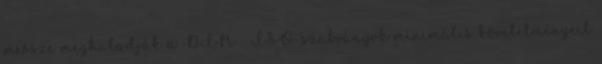
messze meghaladják a DIN ISO szabványok minimális követelményeit